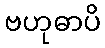
ဗဟုဓာပိ